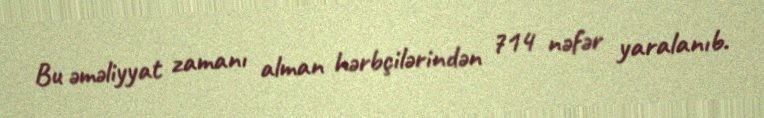
Bu əməliyyat zamanı alman hərbçilərindən 714 nəfər yaralanıb.